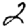
Digit: 2